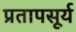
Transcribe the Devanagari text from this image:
प्रतापसूर्य